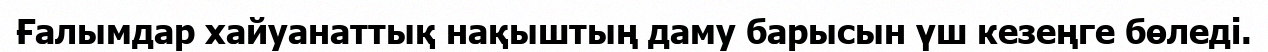
Ғалымдар хайуанаттық нақыштың даму барысын үш кезеңге бөледі.